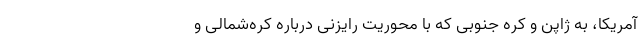
آمریکا، به ژاپن و کره جنوبی که با محوریت رایزنی درباره کره‌شمالی و